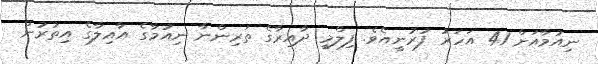
ނިއުމާއަށް 41 އަހަރު ފުރުނީއެވެ. ފިލްމީ ދާއިރާގެ ތަރިންނާ ނިއުމާގެ އާއިލާގެ އިތުރުން